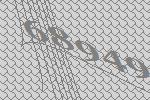
68949